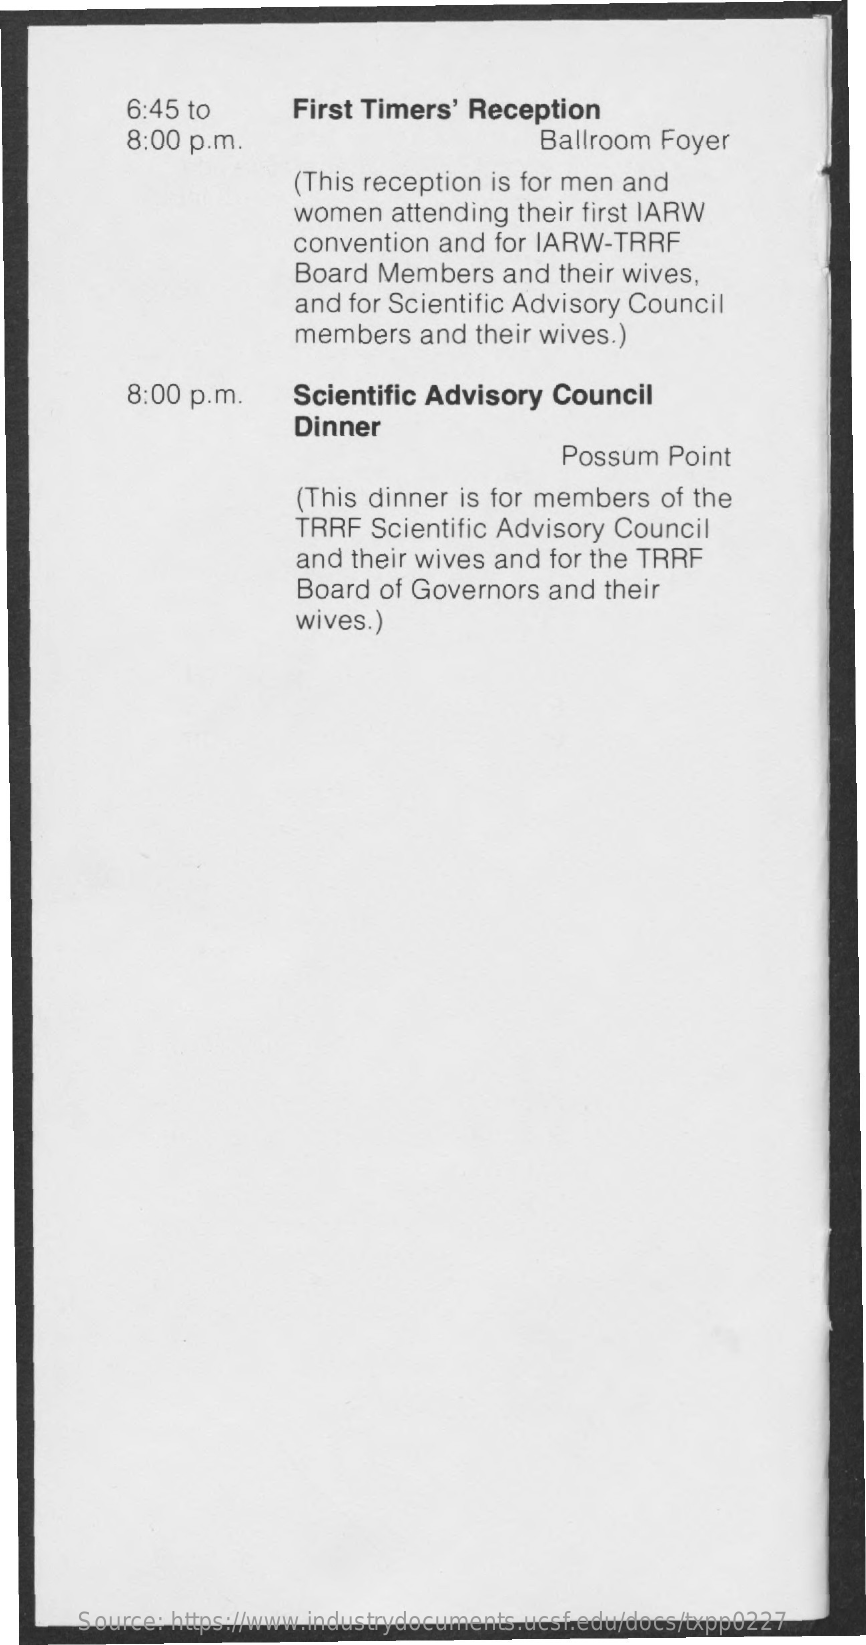
6:45 to    First Timers' Reception
     8:00 p.m.    Ballroom  Foyer
     (This reception is for men and
     women   attending their first IARW
     convention  and for IARW-TRRF
     Board Members    and  their wives,
     and for Scientific Advisory Council
     members   and  their wives.)
     8:00 p.m.    Scientific Advisory  Council
     Dinner
     Possum   Point
     (This dinner is for members   of the
     TRRF  Scientific Advisory Council
     and their wives and  for the TRRF
     Board  of Governors  and their
     wives.)
     Source: https://www.industrydocuments.ucsf.edu/docs/txpp0227